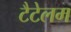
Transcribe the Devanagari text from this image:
टैटेलम